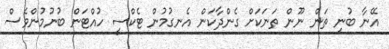
އޭނާ ބުނި ތަން ނޫން ތަނަކަށް ގެންދާކަން އެނގުމުން ޓެކްސީ ހުއްޓަން ބުނުމުންވެސް